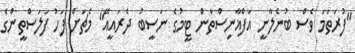
"ފުރަތަމަ ވެސް ބުނެލާނީ އަފްޣާނިސްތާން ޓީމުގެ ނަސީބު ދެރައީއޭ" މެޗަށް ފަހު ފަލަސްތީންގެ